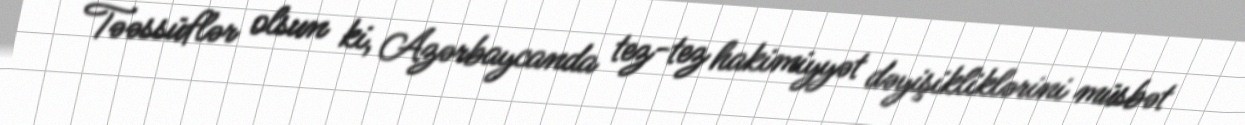
Təəssüflər olsun ki, Azərbaycanda tez-tez hakimiyyət dəyişikliklərini müsbət